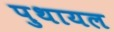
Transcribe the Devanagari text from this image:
पुथायल